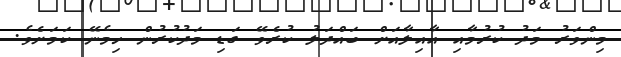
މިންވަރު މަދު ކުރުމާއި އާއިލާއަށް ބައްދަލު ކުރެވޭ ގަޑި މަދުކުރުން ހިމެނޭ ކަމަށެވެ.